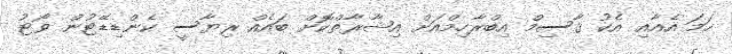
ހަމަ އެއާއި އެކު ޤާސިމް އިބްރާހިމްއަށް އިޝާރާތްކޮށް ބައެއް ރިޔާސީ ކެންޑިޑޭޓުން ވޯޓު